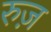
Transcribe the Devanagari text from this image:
रुज़